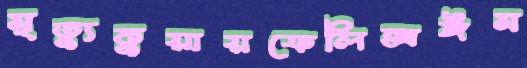
মৃত্যুকুয়ায়ফেলিক্সঈম